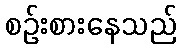
စဉ်းစားနေသည်